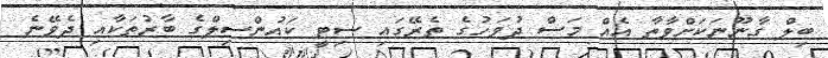
ބިލް ގާނޫނަކަށްވާތާ އެއް މަސް ދުވަހުގެ ތެރޭގައި ސިޓީ ކައުންސިލްގެ ބާރުތަކާއި ދެވޭނެ